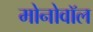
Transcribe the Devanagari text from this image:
मोनोवॉल